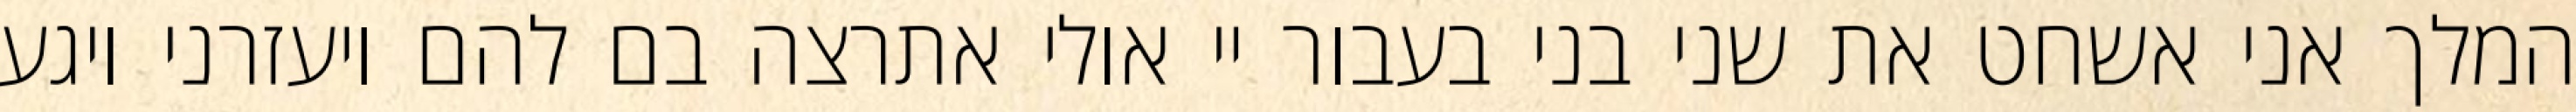
המלך אני אשחט את שני בני בעבור יי אולי אתרצה בם להם ויעזרני ויגע